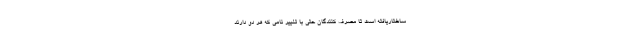
ساختاریافته است تا مصرف کنندگان حتی با تغییر نامی که هر دو دارند